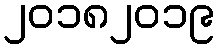
၂၀၁၈၂၀၁၉